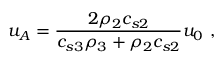
u _ { A } = \frac { 2 \rho _ { 2 } c _ { s 2 } } { c _ { s 3 } \rho _ { 3 } + \rho _ { 2 } c _ { s 2 } } u _ { 0 } \ ,